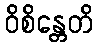
ဝိစိန္တေတိ